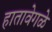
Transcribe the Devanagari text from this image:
हातावेगळे